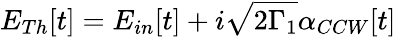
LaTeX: E_{Th}[t]=E_{in}[t]+i\sqrt{2\Gamma_{1}}\alpha_{CCW}[t]